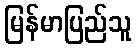
မြန်မာပြည်သူ